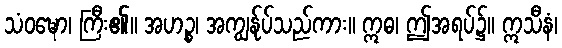
သံဝဍ္ဎော၊ ကြီး၏။ အဟဉ္စ၊ အကျွန်ုပ်သည်ကား။ ဣဓ၊ ဤအရပ်၌။ ဣသီနံ၊